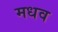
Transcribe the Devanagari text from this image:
मधव